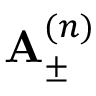
{ \bf A } _ { \pm } ^ { ( n ) }